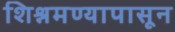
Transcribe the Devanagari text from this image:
शिश्नमण्यापासून